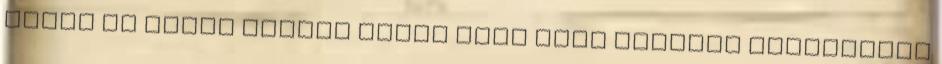
talán ez azért kicsit mégis fura vagy minimum kérdőjeles